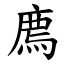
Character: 廌